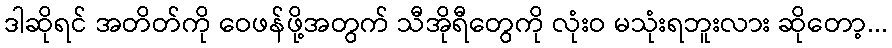
ဒါဆိုရင် အတိတ်ကို ဝေဖန်ဖို့အတွက် သီအိုရီတွေကို လုံးဝ မသုံးရဘူးလား ဆိုတော့...